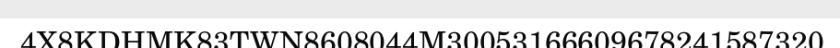
4X8KDHMK83TWN8608044M30053166609678241587320